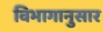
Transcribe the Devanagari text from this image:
विभागानुसार